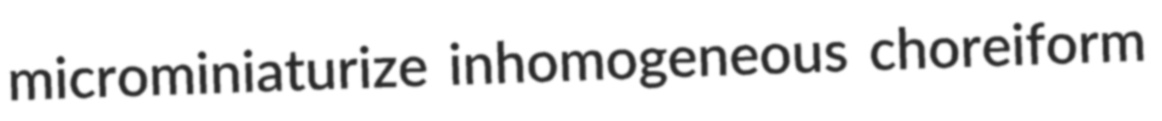
microminiaturize inhomogeneous choreiform